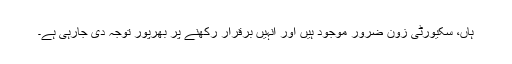
ہاں، سکیورٹی زون ضرور موجود ہیں اور انہیں برقرار رکھنے پر بھرپور توجہ دی جارہی ہے۔